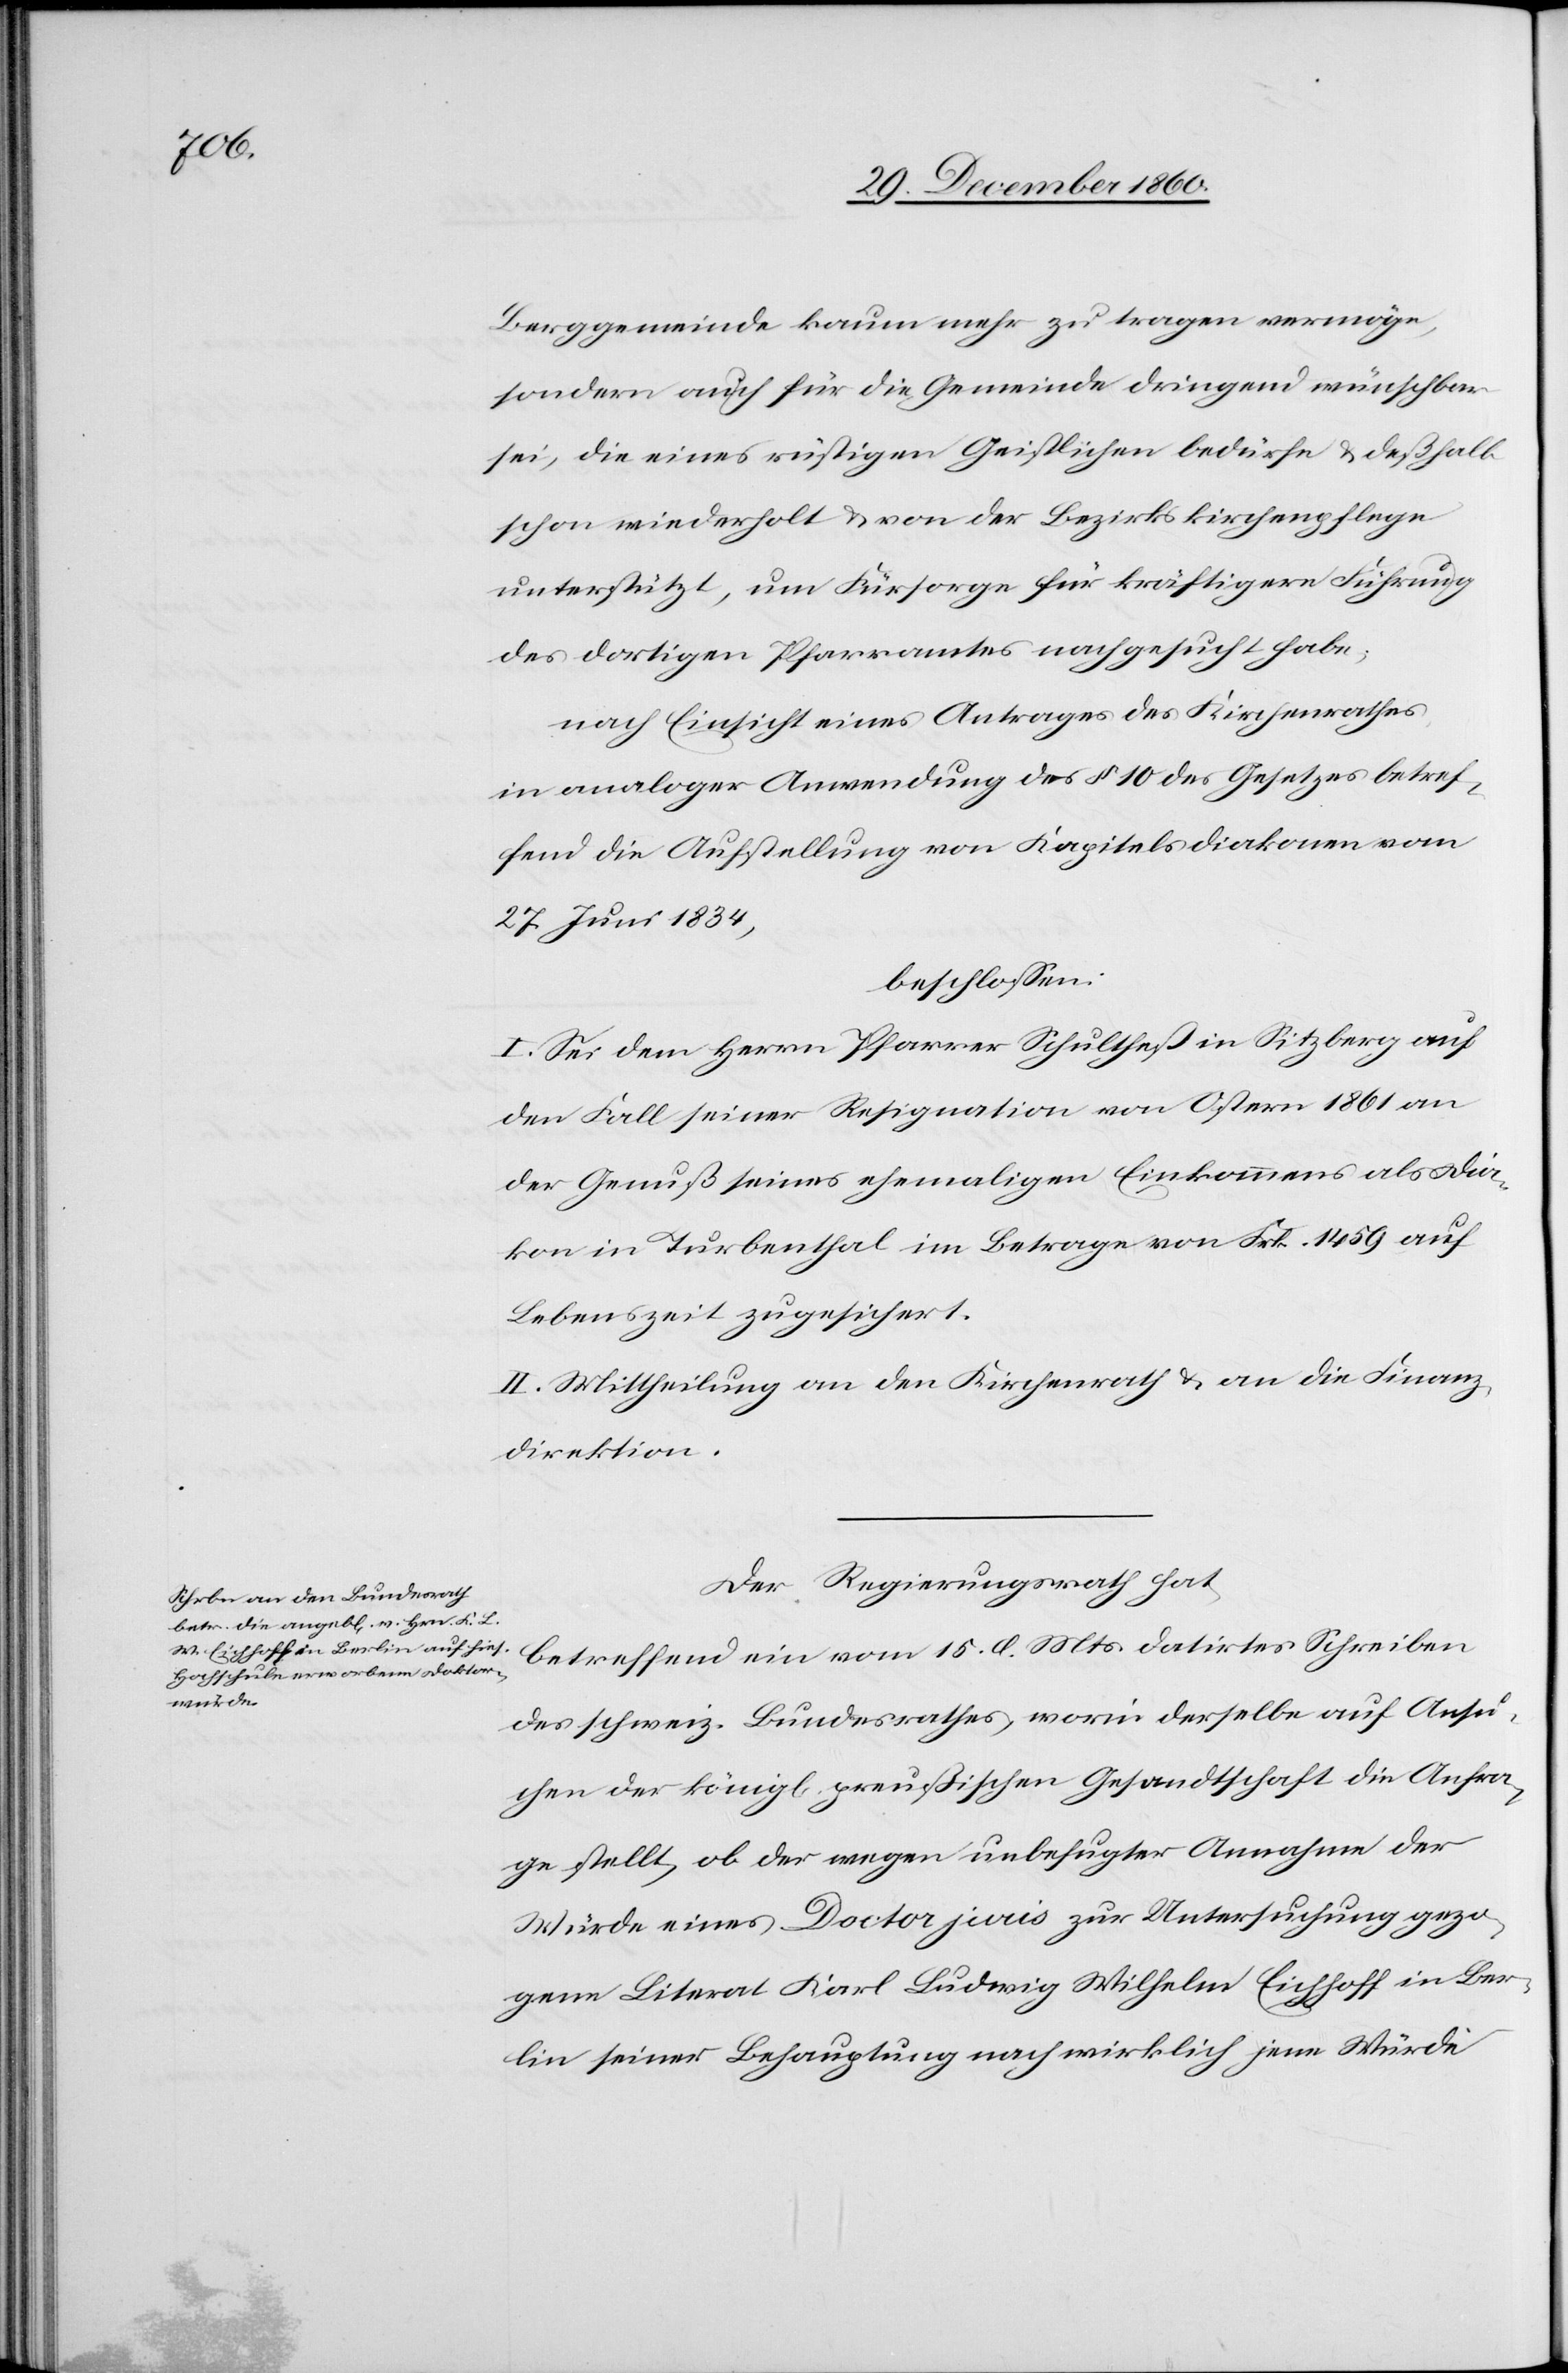
Berggemeinde kaum mehr zu tragen vermöge,
sondern auch für die Gemeinde dringend wünschbar
sei, die eines rüstigen Geistlichen bedürfe u. deßhalb
schon wiederholt u. von der Bezirkskirchenpflege
unterstützt, um Fürsorge für kräftigere Führung
des dortigen Pfarramtes nachgesucht habe;
nach Einsicht eines Antrage des Kirchenrathes,
in analoger Anwendung des § 10 des Gesetzes betref¬
fend die Aufstellung von Kapitelsdiakonen vom
27. Juni 1834,
beschlossen:
I. Sei dem Herrn Pfarrer Schultheß in Sitzberg auf
den Fall seiner Resignation von Ostern 1861 an[,]
der Genuß seines ehemaligen Einkommens als Dia¬
kon in Turbenthal im Betrage von Frk. 1459 auf
Lebenszeit zugesichert.
II. Mittheilung an den Kirchenrath u. an die Finanz¬
direktion.
Der Regierungsrath hat,
betreffend ein vom 15. d. Mts. datirtes Schreiben
des schweiz. Bundesrathes, worin derselbe auf Ansu¬
chen der könig[lichen] preußischen Gesandtschaft die Anfra¬
ge stellt, ob der wegen unbefugter Annahme der
Würde eines Doctor juris zur Untersuchung gezo¬
gene Literat Karl Ludwig Wilhelm Eichhoff in Ber¬
lin seiner Behauptung nach wirklich jene Würde